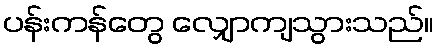
ပန်းကန်တွေ လျှောကျသွားသည်။